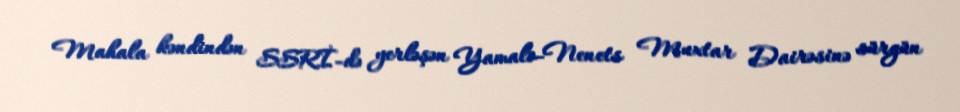
Mahala kəndindən SSRİ-də yerləşən Yamalo-Nenets Muxtar Dairəsinə sürgün